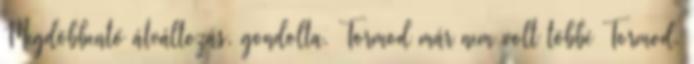
Megdöbbentő átváltozás, gondolta. Tormod már nem volt többé Tormod,